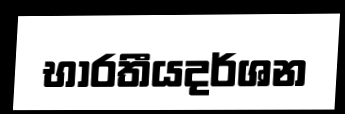
භාරතීයදර්ශන